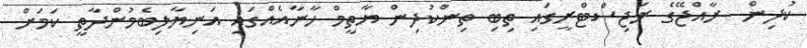
ކުދިން  ރާއްޖޭގެ ރަޖިސްޓްރީގައި ތިބި ތިންކުދިން ޔާތީމް ހާނާއެއްގައި އަނިޔާލިބެމުންދާތީ ކަމަށް